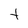
Character: t